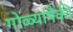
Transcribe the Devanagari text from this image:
गोळ्यांपैकी